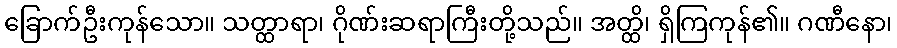
ခြောက်ဦးကုန်သော။ သတ္ထာရာ၊ ဂိုဏ်းဆရာကြီးတို့သည်။ အတ္ထိ၊ ရှိကြကုန်၏။ ဂဏီနော၊